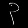
Digit: ၃